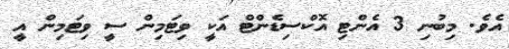
އެވެ. މިބުނި 3 އެންޓި އޮކްސިޑެންޓް އަކީ ވިޓަމިން ސީ ވިޓަމިން އީ